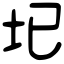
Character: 𡉏